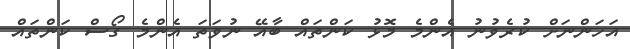
އަހަންނަށް ކުރެވުނު އެންމެ މޮޅު ކަންތައް ބާއޭ ނުވަތަ އެންމެ ގޯސް ކަންތައް